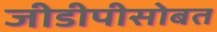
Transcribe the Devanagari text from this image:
जीडीपीसोबत